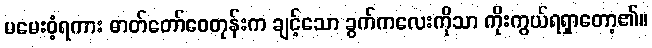
မမေးဝံ့ရကား ဓာတ်တော်ဝေတုန်းက ချင့်သော ခွက်ကလေးကိုသာ ကိုးကွယ်ရရှာတော့၏။